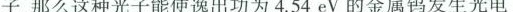
子，那么这种光子能使逸出功为4.54eV的金属钨发生光电